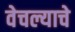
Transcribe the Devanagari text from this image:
वेचल्याचे